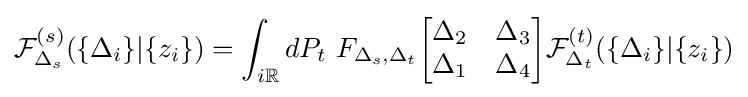
{\mathcal {F}}_{\Delta _{s}}^{(s)}(\{\Delta _{i}\}|\{z_{i}\})=\int _{i\mathbb {R} }dP_{t}\ F_{\Delta _{s},\Delta _{t}}{\begin{bmatrix}\Delta _{2}&\Delta _{3}\\\Delta _{1}&\Delta _{4}\end{bmatrix}}{\mathcal {F}}_{\Delta _{t}}^{(t)}(\{\Delta _{i}\}|\{z_{i}\})